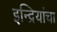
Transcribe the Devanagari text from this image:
इन्द्रियांचा